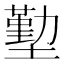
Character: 𭏶